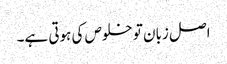
اصل زبان تو خلوص کی ہوتی ہے۔